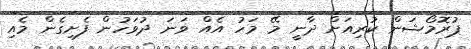
ޕުރޮމޯޝަން ކުރިއަށް ދާނީ މޭ މަހު އެއް ވަނަ ދުވަހުން ފެށިގެން މެއި